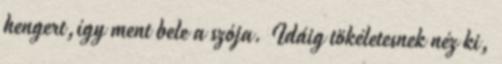
hengert,így ment bele a szója. Idáig tökéletesnek néz ki,